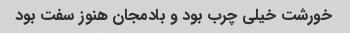
خورشت خیلی چرب بود و بادمجان هنوز سفت بود